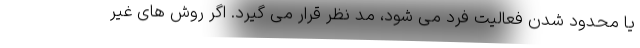
یا محدود شدن فعالیت فرد می شود، مد نظر قرار می گیرد. اگر روش های غیر